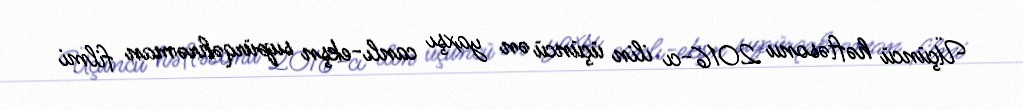
Üçüncü həftəsonu 2016-cı ilin üçüncü ən yaxşı canlı-ekşn supürqəhrəman filmi